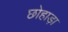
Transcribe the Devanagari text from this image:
छोहाड़ा